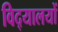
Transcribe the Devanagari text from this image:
विद्‌यालयों